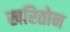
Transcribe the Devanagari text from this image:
खरितोन